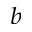
^ b